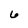
Character: 6